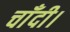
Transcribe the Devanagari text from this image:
चाँदी।